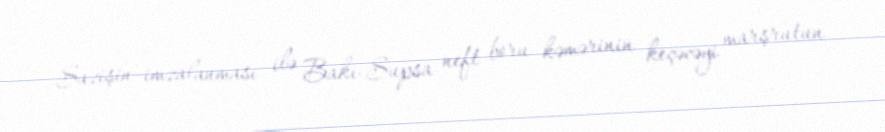
Sazişin imzalanması ilə Bakı-Supsa neft boru kəmərinin keçəcəyi marşrutun